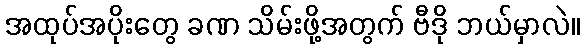
အထုပ်အပိုးတွေ ခဏ သိမ်းဖို့အတွက် ဗီဒို ဘယ်မှာလဲ။